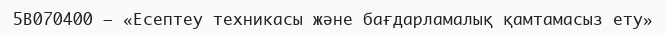
5В070400 – «Есептеу техникасы және бағдарламалық қамтамасыз ету»